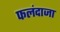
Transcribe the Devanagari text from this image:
फलंदाजा